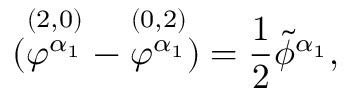
( \stackrel { ( 2 , 0 ) } { \varphi ^ { \alpha _ { 1 } } } - \stackrel { ( 0 , 2 ) } { \varphi ^ { \alpha _ { 1 } } } ) = { \frac { 1 } { 2 } } \tilde { \phi } ^ { \alpha _ { 1 } } ,